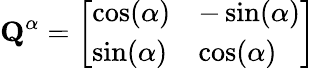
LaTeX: \textbf{Q}^{\alpha}=\left[\begin{array}{ll}{\cos(\alpha)}&{-\sin(\alpha)}\\ {\sin(\alpha)}&{\cos(\alpha)}\end{array}\right]